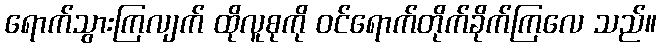
ရောက်သွားကြလျက် ထိုလူစုကို ဝင်ရောက်တိုက်ခိုက်ကြလေ သည်။